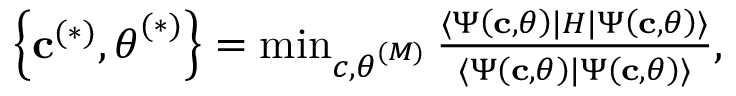
\begin{array} { r } { \left\{ \mathbf { c } ^ { ( * ) } , \boldsymbol { \theta } ^ { ( * ) } \right\} = \operatorname* { m i n } _ { \boldsymbol { c } , \boldsymbol { { \theta } } ^ { ( M ) } } \frac { \langle \Psi \left( \mathbf { c } , \boldsymbol { \theta } \right) \rvert H \lvert \Psi \left( \mathbf { c } , \boldsymbol { \theta } \right) \rangle } { \langle \Psi \left( \mathbf { c } , \boldsymbol { \theta } \right) \vert \Psi \left( \mathbf { c } , \boldsymbol { \theta } \right) \rangle } , } \end{array}